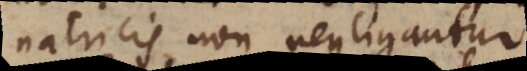
ordinatricis non negligantur.